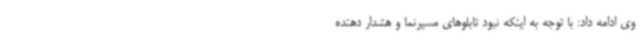
وی ادامه داد: با توجه به اینکه نبود تابلوهای مسیرنما و هشدار دهنده